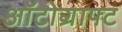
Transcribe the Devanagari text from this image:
ऑटोग्राफ्ट